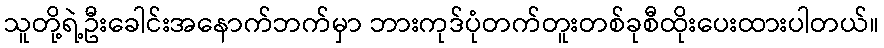
သူတို့ရဲ့ဦးခေါင်းအနောက်ဘက်မှာ ဘားကုဒ်ပုံတက်တူးတစ်ခုစီထိုးပေးထားပါတယ်။